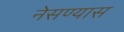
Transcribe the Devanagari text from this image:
नेसण्यास